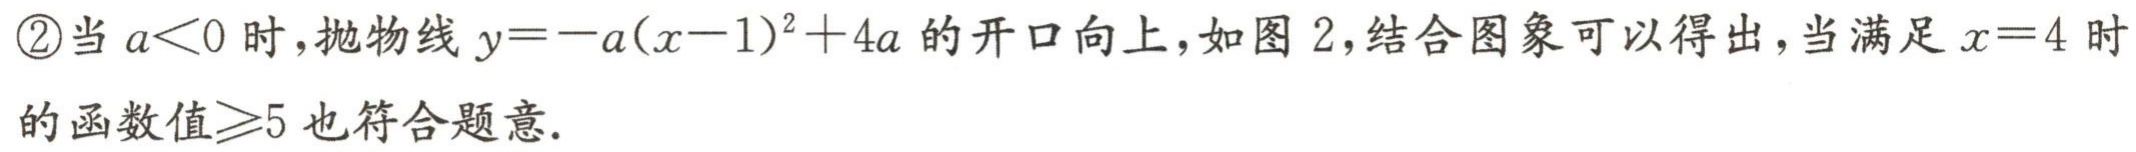
\textcircled{2}当 \(a<0\) 时，抛物线 \(y = -a(x - 1)^2 + 4a\) 的开口向上，如图 2，结合图象可以得出，当满足 \(x = 4\) 时的函数值\(\geqslant5\)也符合题意.